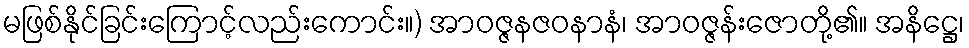
မဖြစ်နိုင်ခြင်းကြောင့်လည်းကောင်း။) အာဝဇ္ဇနဇဝနာနံ၊ အာဝဇ္ဇန်းဇောတို့၏။ အနိဋ္ဌေ၊